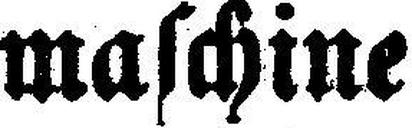
maschine